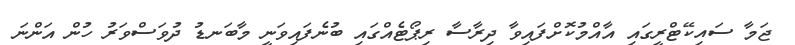
ޖަމާ ސައިކޭޓްރީގައި އާއްމުކޮށްފައިވާ ދިރާސާ ރިޕޯޓެއްގައި ބުނެފައިވަނީ މާބަނޑު ދުވަސްވަރު ހުން އަންނަ